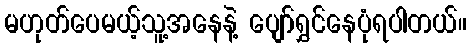
မဟုတ်ပေမယ့်သူ့အနေနဲ့ ပျော်ရွှင်နေပုံရပါတယ်။